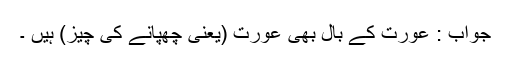
جواب : عورت کے بال بھى عورت (یعنی چھپانے کی چیز) ہیں ۔